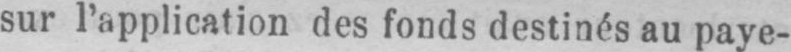
sur l’application des fonds destinés au paye-